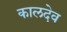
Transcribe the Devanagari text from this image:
कालदेव